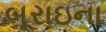
બૂરાઇના